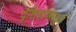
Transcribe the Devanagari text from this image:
दृष्टिकोणामुळे